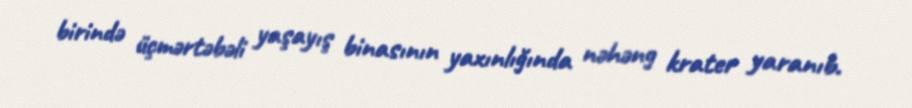
birində üçmərtəbəli yaşayış binasının yaxınlığında nəhəng krater yaranıb.